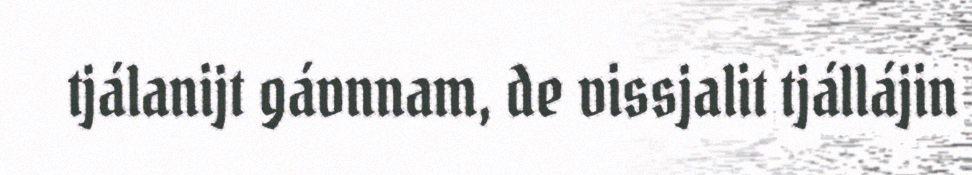
tjálanijt gávnnam, de vissjalit tjállájin